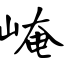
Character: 崦